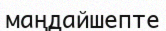
маңдайшепте